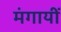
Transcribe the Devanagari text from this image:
मंगायीं